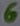
Text: 6